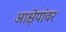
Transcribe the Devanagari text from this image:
आक्षेपांवर